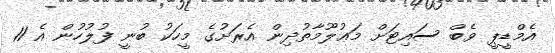
އެމްޑީޕީ ވެބް ސައިޓަށް މަޢުލޫމާތުދިން އެރަށުގެ މީހަކު ބުނީ ފުލުހުން އެ 11